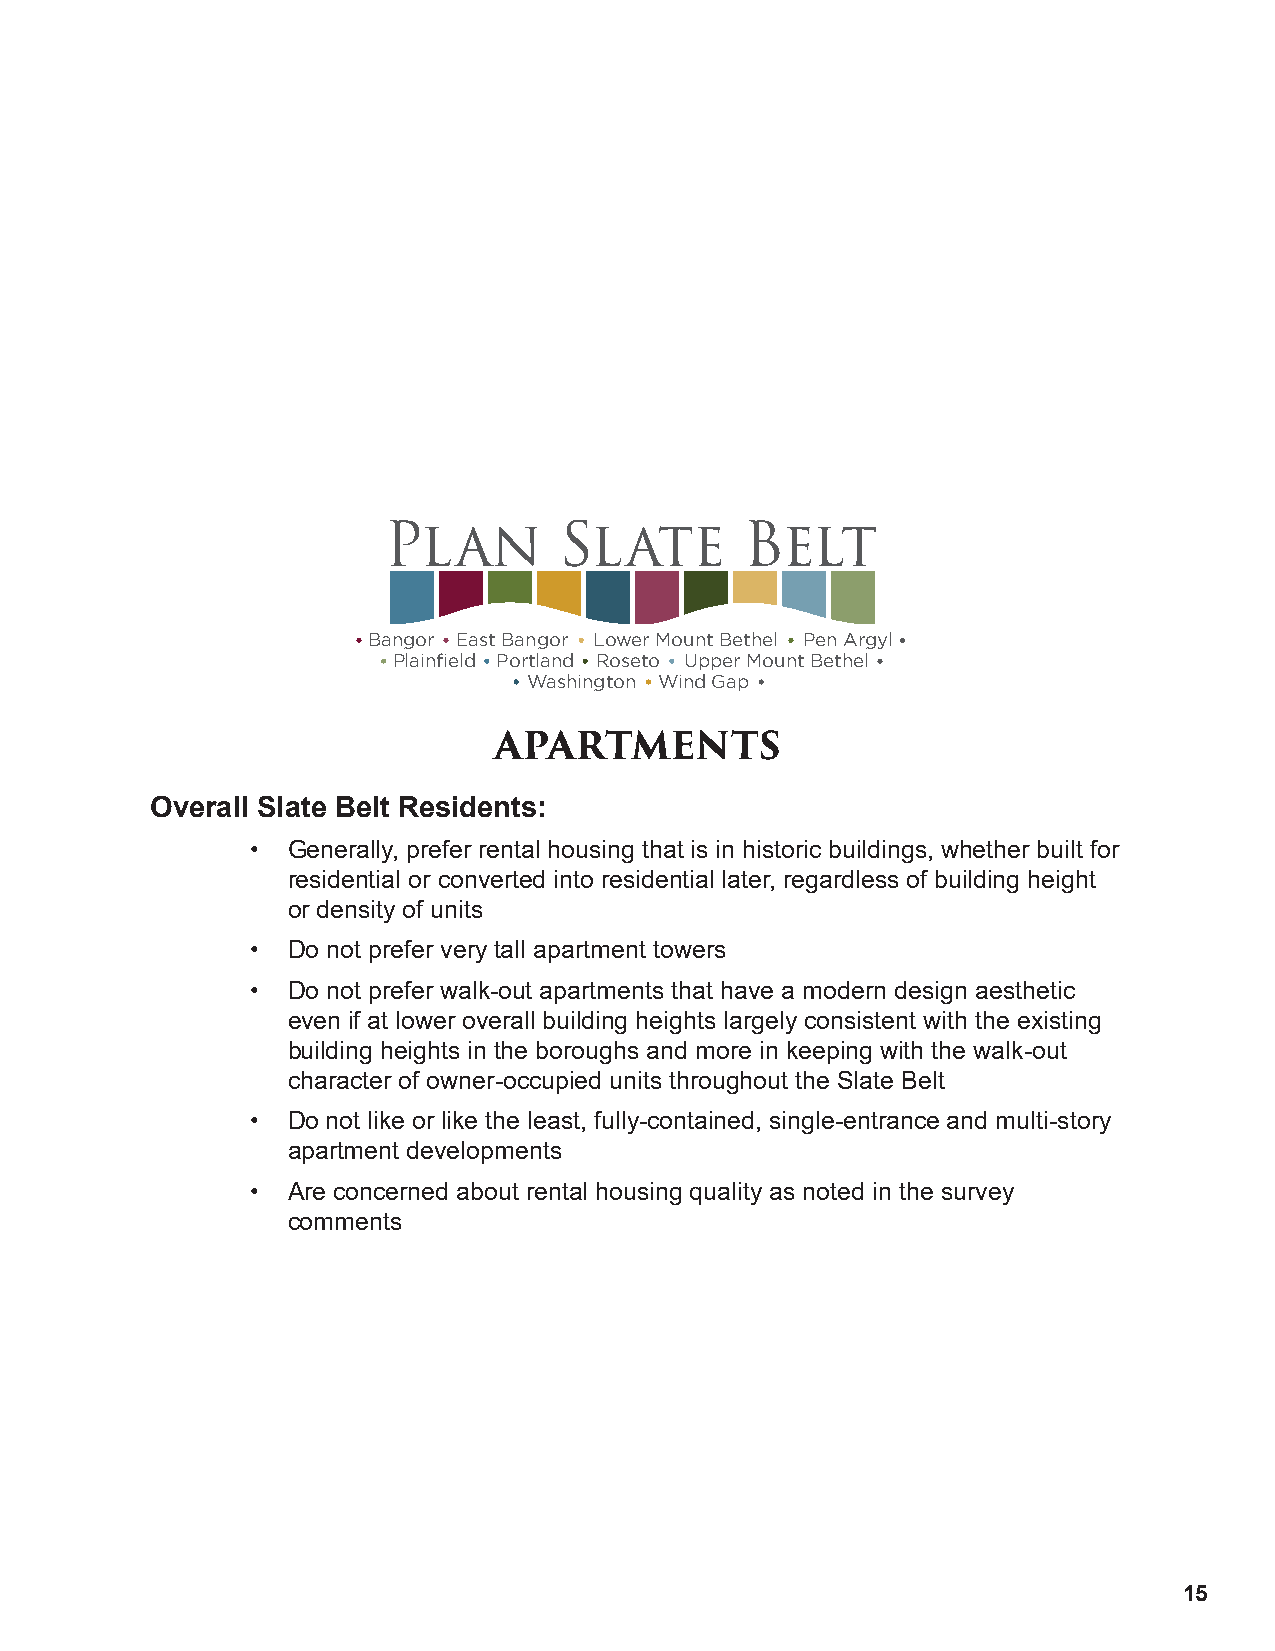
Plan        Slate       Belt
 Bangor East Bangor Lower Mount Bethel Pen Argyl
 Plainfield Portland Roseto Upper Mount Bethel
 Washington Wind Gap
 APARTMENTS
 Overall Slate Belt Residents:
 • Generally, prefer rental housing that is in historic buildings, whether built for
 residential or converted into residential later, regardless of building height
 or density of units
 • Do not prefer very tall apartment towers
 • Do not prefer walk-out apartments that have a modern design aesthetic
 even if at lower overall building heights largely consistent with the existing
 building heights in the boroughs and more in keeping with the walk-out
 character of owner-occupied units throughout the Slate Belt
 • Do not like or like the least, fully-contained, single-entrance and multi-story
 apartment developments
 • Are concerned about rental housing quality as noted in the survey
 comments
 15